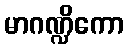
မာဂဏ္ဍိကော